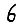
Digit: 6